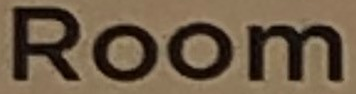
Room